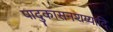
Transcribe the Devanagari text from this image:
पादुकासनशय्यादि